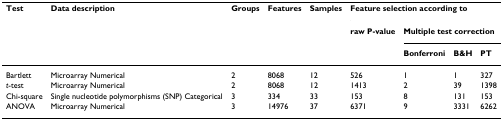
| Test | Data description | Groups | Features | Samples | <COLSPAN=4> Feature selection according to |
 |  |  |  |  |  | raw P-value | <COLSPAN=3> Multiple test correction |
 |  |  |  |  |  |  | Bonferroni | B&H | PT |
 | --- | --- | --- | --- | --- | --- | --- | --- | --- |
 | Bartlett | Microarray Numerical | 2 | 8068 | 12 | 526 | 1 | 1 | 327 |
 | t-test | Microarray Numerical | 2 | 8068 | 12 | 1413 | 2 | 39 | 1398 |
 | Chi-square | Single nucleotide polymorphisms (SNP) Categorical | 3 | 334 | 33 | 153 | 8 | 131 | 153 |
 | ANOVA | Microarray Numerical | 3 | 14976 | 37 | 6371 | 9 | 3331 | 6262 |